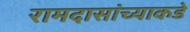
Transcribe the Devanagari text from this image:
रामदासांच्याकडे